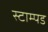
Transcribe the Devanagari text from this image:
स्टाम्पड